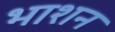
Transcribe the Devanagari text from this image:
भाशन